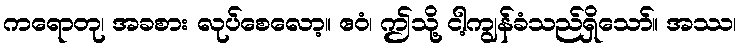
ကရောတု၊ အခစား လုပ်စေလော့။ ဧဝံ၊ ဤသို့ ငါ့ကျွန်ခံသည်ရှိသော်။ အဿ၊